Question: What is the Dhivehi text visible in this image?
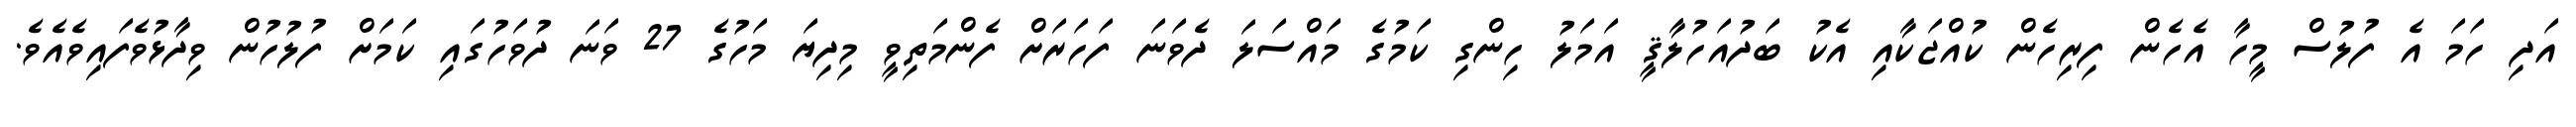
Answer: އަދި ހަމަ އެ ފުލުސް މީހާ އެހެން ފިރިހެން ކުއްޖަކާއި އެކު ބަދުއަހުލާޤީ އަމަލު ހިންގި ކަމުގެ މައްސަލަ ދެވަނަ ފަހަރަށް ފެންމަތިވީ މިދިޔަ މަހުގެ 27 ވަނަ ދުވަހުގައި ކަމަށް ފުލުހުން ވިދާޅުވެފައިވެއެވެ.